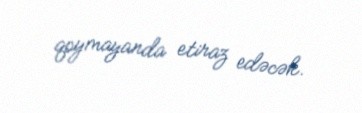
qoymayanda etiraz edəcək.